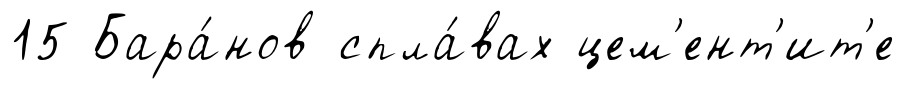
15 Бара́нов спла́вах цем'ент'ит'е